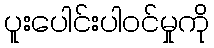
ပူးပေါင်းပါဝင်မှုကို